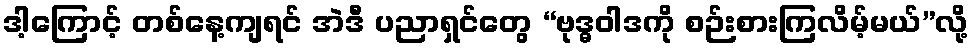
ဒါ့ကြောင့် တစ်နေ့ကျရင် အဲဒီ ပညာရှင်တွေ “ဗုဒ္ဓဝါဒကို စဉ်းစားကြလိမ့်မယ်”လို့